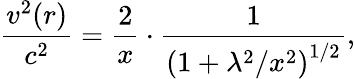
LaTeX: \frac{v^{2}(r)}{c^{2}}=\frac{2}{x}\cdot\frac{1}{\left(1+\lambda^{2}/x^{2}\right)^{1/2}},